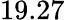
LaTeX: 19.27